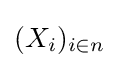
(X_{i})_{i\in n}